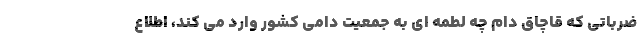
ضرباتی که قاچاق دام چه لطمه ای به جمعیت دامی کشور وارد می کند، اطلاع